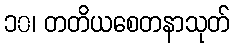
၁၀၊ တတိယစေတနာသုတ်